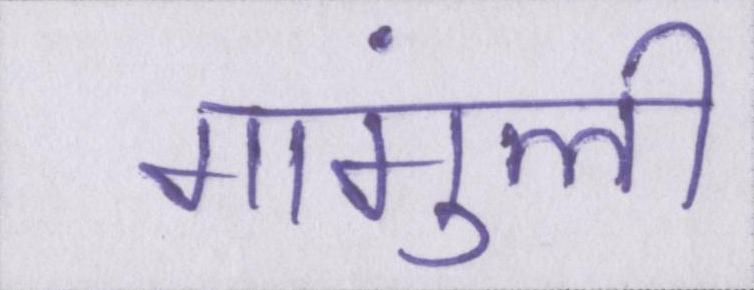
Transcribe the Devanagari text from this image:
गांगुली